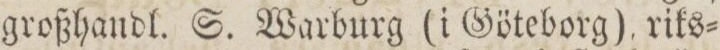
großhandl. S. Warburg (i Göteborg) riks=